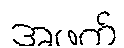
အဖတ်